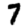
Digit: 7